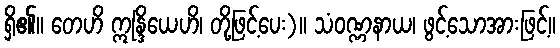
ရှိ၏။ တေဟိ ဣန္ဒြိယေဟိ၊ တို့ဖြင့်ပေး)။ သံဝဏ္ဏနာယ၊ ဖွင့်သောအားဖြင့်။